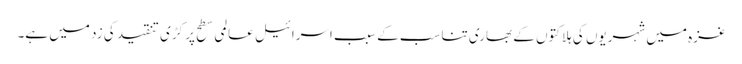
غزہ میں شہریوں کی ہلاکتوں کے بھاری تناسب کے سبب اسرائیل عالمی سطح پر کڑی تنقید کی زد میں ہے۔